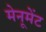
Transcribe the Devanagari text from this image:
मेनूमेंट